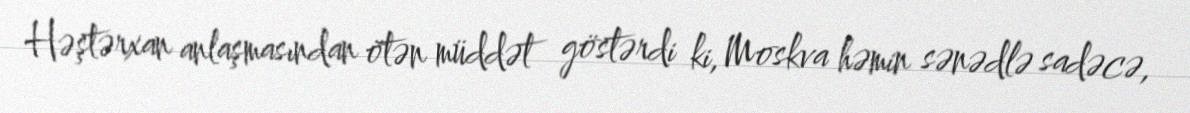
Həştərxan anlaşmasından ötən müddət göstərdi ki, Moskva həmin sənədlə sadəcə,